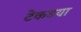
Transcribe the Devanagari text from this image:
टेकडया